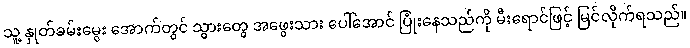
သူ့ နှုတ်ခမ်းမွေး အောက်တွင် သွားတွေ အဖွေးသား ပေါ်အောင် ပြုံးနေသည်ကို မီးရောင်ဖြင့် မြင်လိုက်ရသည်။